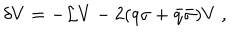
\delta V = - { \mathcal L } V - 2 ( q \sigma + { \bar { q } } { \bar { \sigma } } ) V \ ,